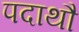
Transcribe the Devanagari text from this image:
पदाथौ